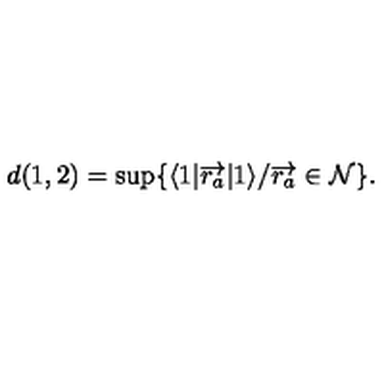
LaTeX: d ( 1 , 2 ) = \sup \{ \langle 1 | { \overrightarrow { r _ { a } } } | 1 \rangle / { \overrightarrow { r _ { a } } } \in \mathcal { N } \} .